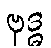
ဗုဒ္ဓ